Plague in India, 1896, 1897 - Volume 1
Year: 1896
Disease focus: Plague
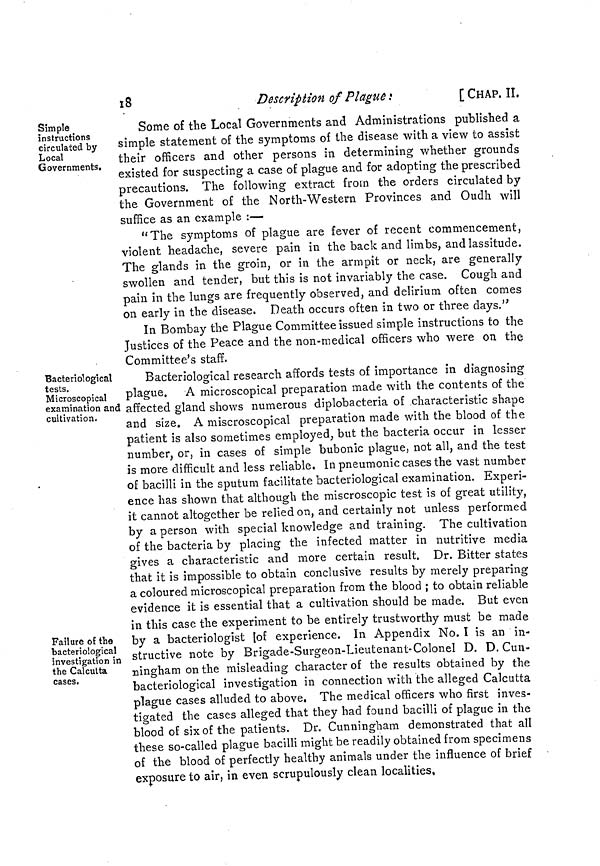
18
Description of Plague :
[ CHAP. II,
Simple
instructions
circulated by
Local
Governments.
Some of the Local Governments and Administrations published a
simple statement of the symptoms of the disease with a view to assist
their officers and other persons in determining whether grounds
existed for suspecting a case of plague and for adopting the prescribed
precautions. The following extract from the orders circulated by
the Government of the North-Western Provinces and Oudh will
suffice as an example :—
"The symptoms of plague are fever of recent commencement,
violent headache, severe pain in the back and limbs, and lassitude.
The glands in the groin, or in the armpit or neck, are generally
swollen and tender, but this is not invariably the case. Cough and
pain in the lungs are frequently observed, and delirium often comes
on early in the disease. Death occurs often in two or three days."
In Bombay the Plague Committee issued simple instructions to the
Justices of the Peace and the non-medical officers who were on the
Committee's staff.
Bacteriological
tests.
Microscopical
examination and
cultivation.
Failure of the
bacteriological
investigation in
the Calcutta
cases.
Bacteriological research affords tests of importance in diagnosing
plague. A microscopical preparation made with the contents of the
affected gland shows numerous diplobacteria of characteristic shape
and size. A miscroscopical preparation made with the blood of the
patient is also sometimes employed, but the bacteria occur in lesser
number, or, in cases of simple bubonic plague, not all, and the test
is more difficult and less reliable. In pneumonic cases the vast number
of bacilli in the sputum facilitate bacteriological examination. Experi-
ence has shown that although the miscroscopic test is of great utility,
it cannot altogether be relied on, and certainly not unless performed
by a person with special knowledge and training. The cultivation
of the bacteria by placing the infected matter in nutritive media
gives a characteristic and more certain result. Dr. Bitter states
that it is impossible to obtain conclusive results by merely preparing
a coloured microscopical preparation from the blood ; to obtain reliable
evidence it is essential that a cultivation should be made. But even
in this case the experiment to be entirely trustworthy must be made
by a bacteriologist (of experience. In Appendix No. I is an in-
structive note by Brigade-Surgeon-Lieutenant-Colonel D. D. Cun-
ningham on the misleading character of the results obtained by the
bacteriological investigation in connection with the alleged Calcutta
plague cases alluded to above. The medical officers who first inves-
tigated the cases alleged that they had found bacilli of plague in the
blood of six of the patients. Dr. Cunningham demonstrated that all
these so-called plague bacilli might be readily obtained from specimens
of the blood of perfectly healthy animals under the influence of brief
exposure to air, in even scrupulously clean localities,